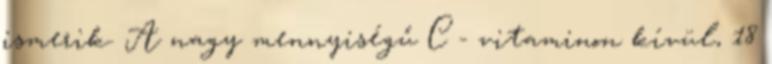
ismerik. A nagy mennyiségű C - vitaminon kívül, 18